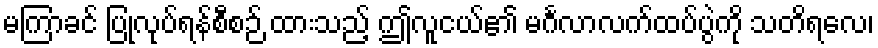
မကြာခင် ပြုလုပ်ရန်စီစဉ် ထားသည့် ဤလူငယ်၏ မင်္ဂလာလက်ထပ်ပွဲကို သတိရလေ၊